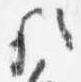
歟